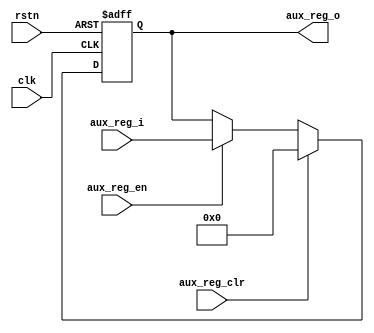
/******************************************************************
*Module name : aux_reg
*Type        : Verilog Module
*
*Description : auxiliar counter reg 
*------------------------------------------------------------------
*	clocks    : posedge clock "clk"
*	reset		 : sync rstn
* 
*Parameters  : none
*
******************************************************************/
module aux_reg(
	input clk,
	input rstn,
	input [5:0] aux_reg_i,
   input aux_reg_en,
   input aux_reg_clr,
	
	output reg [5:0] aux_reg_o);
	
always@(posedge clk or negedge rstn) 
begin
		if(!rstn)
			aux_reg_o <= 6'b000000;
		else if(aux_reg_clr)
			aux_reg_o <= 6'b000000;
		else if(aux_reg_en)
			aux_reg_o <= aux_reg_i;
end
endmodule